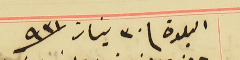
البلدة فى ٣٠ نيسان سنة ٩٣١